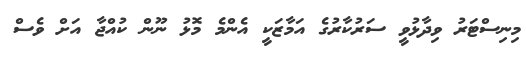
މިނިސްޓަރު ވިދާޅުވީ ސަރުކާރުގެ އަމާޒަކީ އެންމެ މޮޅު ނޫން ކުއްޖާ އަށް ވެސް